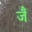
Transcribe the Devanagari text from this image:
जैं